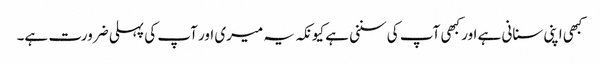
کبھی اپنی سنانی ہے اور کبھی آپ کی سننی ہے کیونکہ یہ میری اور آپ کی پہلی ضرورت ہے۔